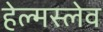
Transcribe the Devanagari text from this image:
हेल्मस्लेव